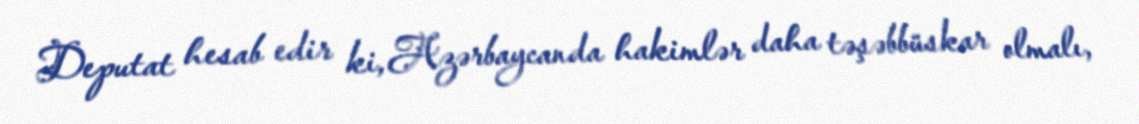
Deputat hesab edir ki, Azərbaycanda hakimlər daha təşəbbüskar olmalı,